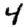
Digit: 4